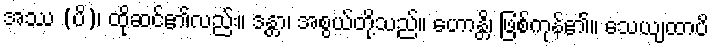
အဿ (ပိ)၊ ထိုဆင်၏လည်း။ ဒန္တာ၊ အစွယ်တို့သည်။ ဟောန္တိ၊ ဖြစ်ကုန်၏။ သေယျထာပိ